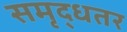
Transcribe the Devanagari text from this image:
समृद्धतर